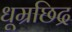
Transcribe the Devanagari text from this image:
धूम्रछिद्र